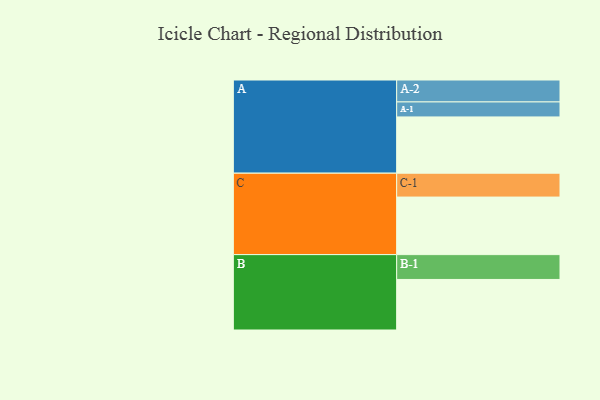
{"axis": {"x": "Segment", "y": "Value"}, "legend": ["", "A", "B", "C"], "data": [{"x": "A", "y": 521, "type": ""}, {"x": "B", "y": 468, "type": ""}, {"x": "C", "y": 533, "type": ""}, {"x": "A-1", "y": 139, "type": "A"}, {"x": "A-2", "y": 203, "type": "A"}, {"x": "B-1", "y": 230, "type": "B"}, {"x": "C-1", "y": 221, "type": "C"}]}